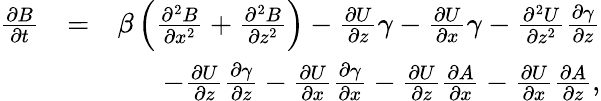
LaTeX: \begin{array}{rlr}{\frac{\partial B}{\partial t}}&{=}&{\beta\left({\frac{\partial^{2}B}{\partial x^{2}}+\frac{\partial^{2}B}{\partial z^{2}}}\right)-\frac{\partial U}{\partial z}\gamma-\frac{\partial U}{\partial x}\gamma-\frac{\partial^{2}U}{\partial z^{2}}\frac{\partial\gamma}{\partial z}}\\ &{}&{-\frac{\partial U}{\partial z}\frac{\partial\gamma}{\partial z}-\frac{\partial U}{\partial x}\frac{\partial\gamma}{\partial x}-\frac{\partial U}{\partial z}\frac{\partial A}{\partial x}-\frac{\partial U}{\partial x}\frac{\partial A}{\partial z},}\end{array}